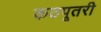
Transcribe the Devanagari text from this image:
कठपूतरी